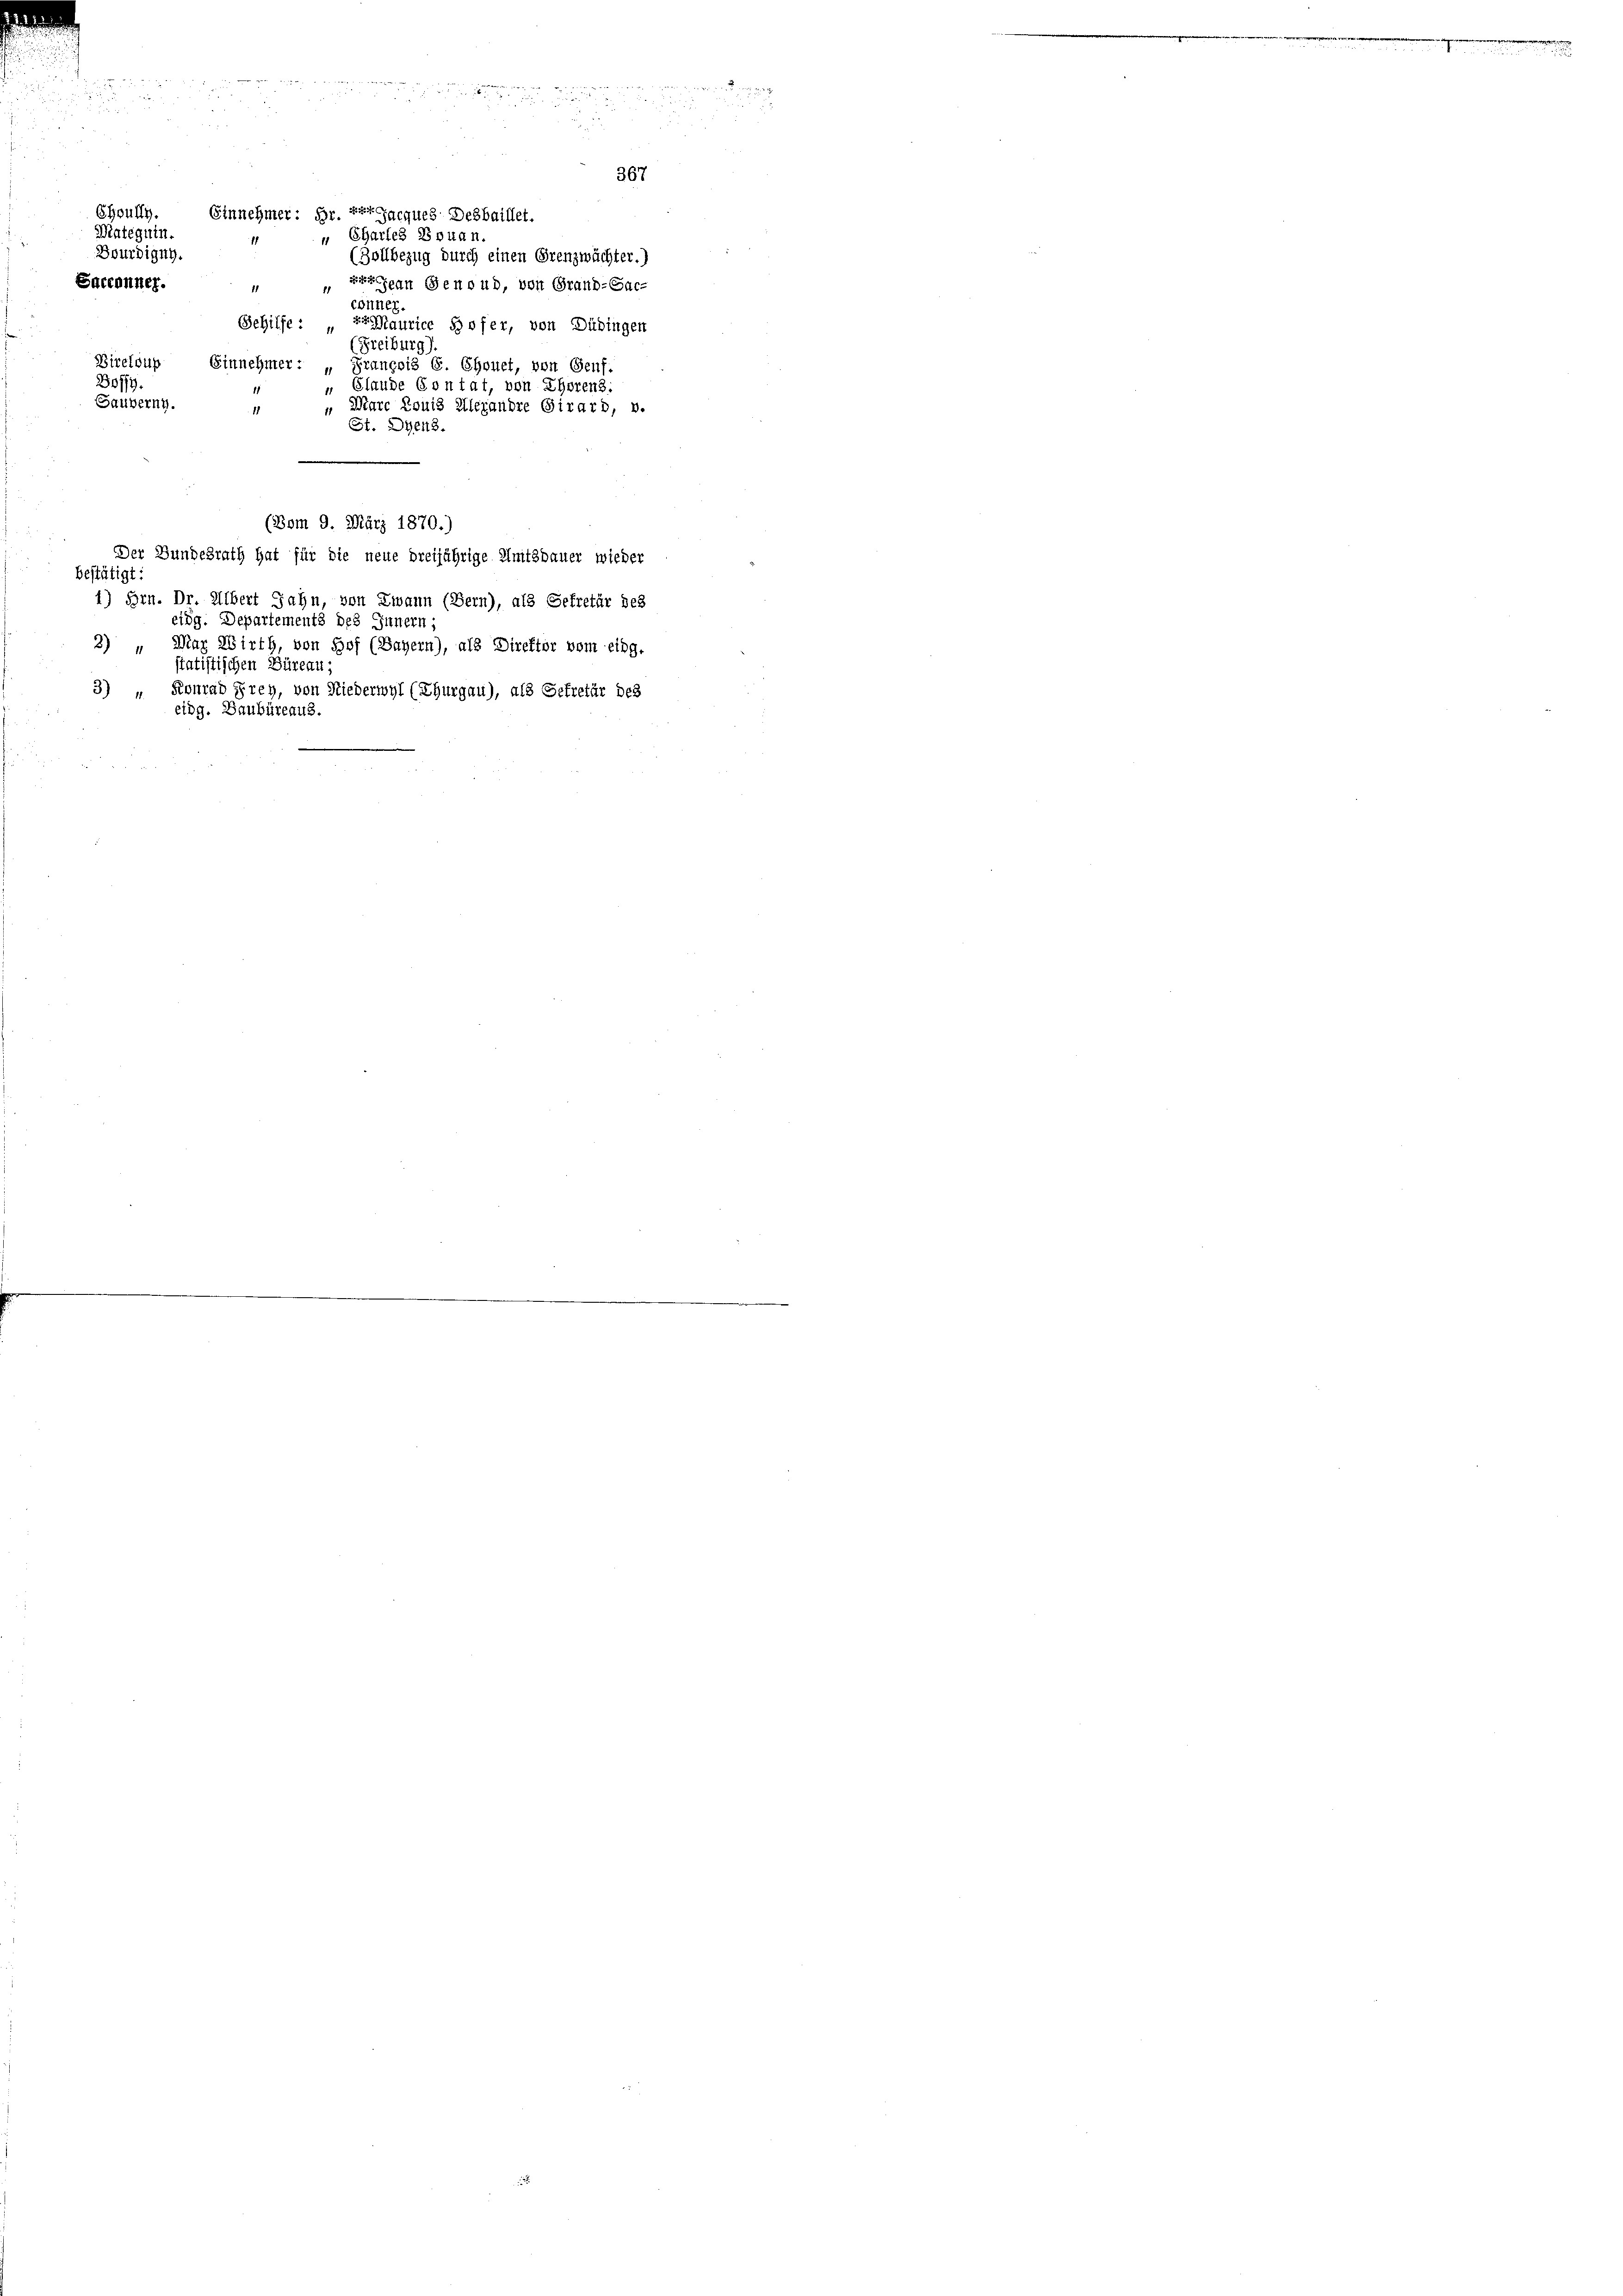
2

Sacconner.

u

Choufl.
Winteguin.
Bourdigng.

Einnehmer: Hr. Der Jacques Dezbaillet.
" Chartes Bekan
 " Baugen Genoud, von Grand-Gac-
cönnen.
Gehilfe: Maurice Hofer, von Dübingen
(Freiburg
Bireldup Einnehmer:
“ Prançois G. Ehouet, von Genf.
Doffy.
 Glaude Contat, von Eherens:
Sauvernn.
Marc Louis Alexandre Girard, v.
St. Dye48.
(Bom 9. März 1870.)
Der Bundesrath hat für die neue dreijährige Amtsdauer wieder
bestätigt:
1) Hrn. Dr. Albert Jahn, von Zwann (Bern), als Gefretär des
eidg. Departements des Innern;
3) „Max Wirth, von Hof (Bayern), als Direktor vom eidg.
statistischen Büreau;
3) „ Konrad Frey, von Niederwyl (Thurgau), als Sekretär des
eidg. Danbüreaus

(Zollbezug durch einen Grenzmächter.)

367

.
.